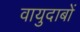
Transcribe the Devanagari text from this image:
वायुदाबों